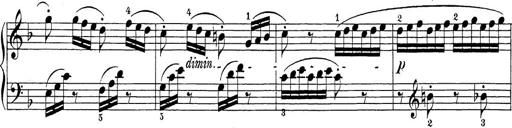
Title: Sonatina Album
Composer: Louis KÃ¶hler